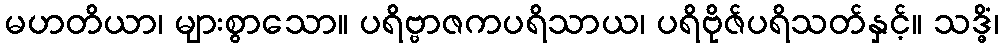
မဟတိယာ၊ များစွာသော။ ပရိဗ္ဗာဇကပရိသာယ၊ ပရိဗိုဇ်ပရိသတ်နှင့်။ သဒ္ဓိံ၊